Rangoon Lunatic Asylum 1898-1906 - 1898-1906
Year: 1898
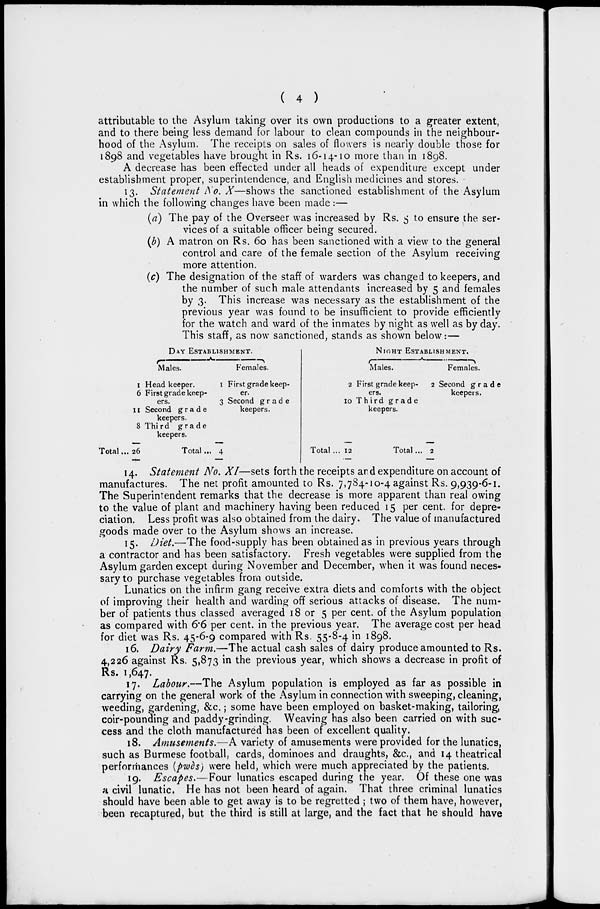
( 4 )
attributable to the Asylum taking over its own productions to a greater extent,
and to there being less demand for labour to clean compounds in the neighbour-
hood of the Asylum. The receipts on sales of flowers is nearly double those for
1898 and vegetables have brought in Rs. 16-14-10 more than in 1898.
A decrease has been effected under all heads of expenditure except under
establishment proper, superintendence, and English medicines and stores.
13. Statement No. X—shows the sanctioned establishment of the Asylum
in which the following changes have been made :—
(a) The pay of the Overseer was increased by Rs. 5 to ensure the ser-
vices of a suitable officer being secured.
(b) A matron on Rs. 60 has been sanctioned with a view to the general
control and care of the female section of the Asylum receiving
more attention.
(c) The designation of the staff of warders was changed to keepers, and
the number of such male attendants increased by 5 and females
by 3. This increase was necessary as the establishment of the
previous year was found to be insufficient to provide efficiently
for the watch and ward of the inmates by night as well as by day.
This staff, as now sanctioned, stands as shown below:—
DAY ESTABLISHMENT.
Total...
1
6
11
8
26
Males.
Head keeper.
First grade keep-
ers.
Second grade
keepers.
Third grade
keepers.
Total ...
1
3
4
Females.
First grade keep-
--
Second grade
keepers.
NIGTH ESTABLISHMENT.
Total ...
2
10
12
—
Males.
First grade keep-
ers.
Third grade
keepers.
Total ...
2
2
—
Females.
Second grade
keepers.
14. Statement No. XI—sets forth the receipts and expenditure on account of
manufactures. The net profit amounted to Rs. 7,784-10-4 against Rs. 9,939-6-1.
The Superintendent remarks that the decrease is more apparent than real owing
to the value of plant and machinery having been reduced 15 per cent. for depre-
ciation. Less profit was also obtained from the dairy. The value of manufactured
goods made over to the Asylum shows an increase.
15. Diet.—The food-supply has been obtained as in previous years through
a contractor and has been satisfactory. Fresh vegetables were supplied from the
Asylum garden except during November and December, when it was found neces-
sary to purchase vegetables from outside.
Lunatics on the infirm gang receive extra diets and comforts with the object
of improving their health and warding off serious attacks of disease. The num-
ber of patients thus classed averaged 18 or 5 per cent. of the Asylum population
as compared with 6.6 per cent. in the previous year. The average cost per head
for diet was Rs. 45-6-9 compared with Rs. 55-8-4 in 1898.
16. Dairy Farm.—The actual cash sales of dairy produce amounted to Rs.
4,226 against Rs. 5,873 in the previous year, which shows a decrease in profit of
Rs. 1,647.
17. Labour.—The Asylum population is employed as far as possible in
carrying on the general work of the Asylum in connection with sweeping, cleaning,
weeding, gardening, &c.; some have been employed on basket-making, tailoring,
coir-pounding and paddy-grinding. Weaving has also been carried on with suc-
cess and the cloth manufactured has been of excellent quality.
18. Amusements.—A variety of amusements were provided for the lunatics,
such as Burmese football, cards, dominoes and draughts, &c, and 14 theatrical
performances (pwès) were held, which were much appreciated by the patients.
19. Escapes.—Four lunatics escaped during the year. Of these one was
a civil lunatic. He has not been heard of again. That three criminal lunatics
should have been able to get away is to be regretted ; two of them have, however,
been recaptured, but the third is still at large, and the fact that he should have